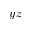
y z